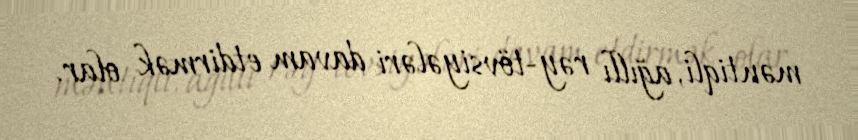
məntiqli, ağıllı rəy-tövsiyələri davam etdirmək olar.